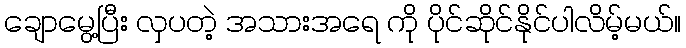
ချောမွေ့ပြီး လှပတဲ့ အသားအရေ ကို ပိုင်ဆိုင်နိုင်ပါလိမ့်မယ်။